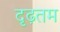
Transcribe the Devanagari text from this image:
दृढ़तम